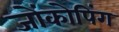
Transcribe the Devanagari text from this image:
जोंकोपिंग